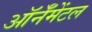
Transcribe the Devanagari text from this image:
ऑर्नॅमेंटल